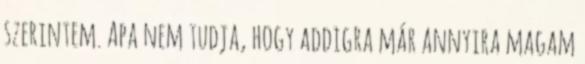
szerintem. Apa nem tudja, hogy addigra már annyira magam